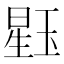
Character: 𪻹